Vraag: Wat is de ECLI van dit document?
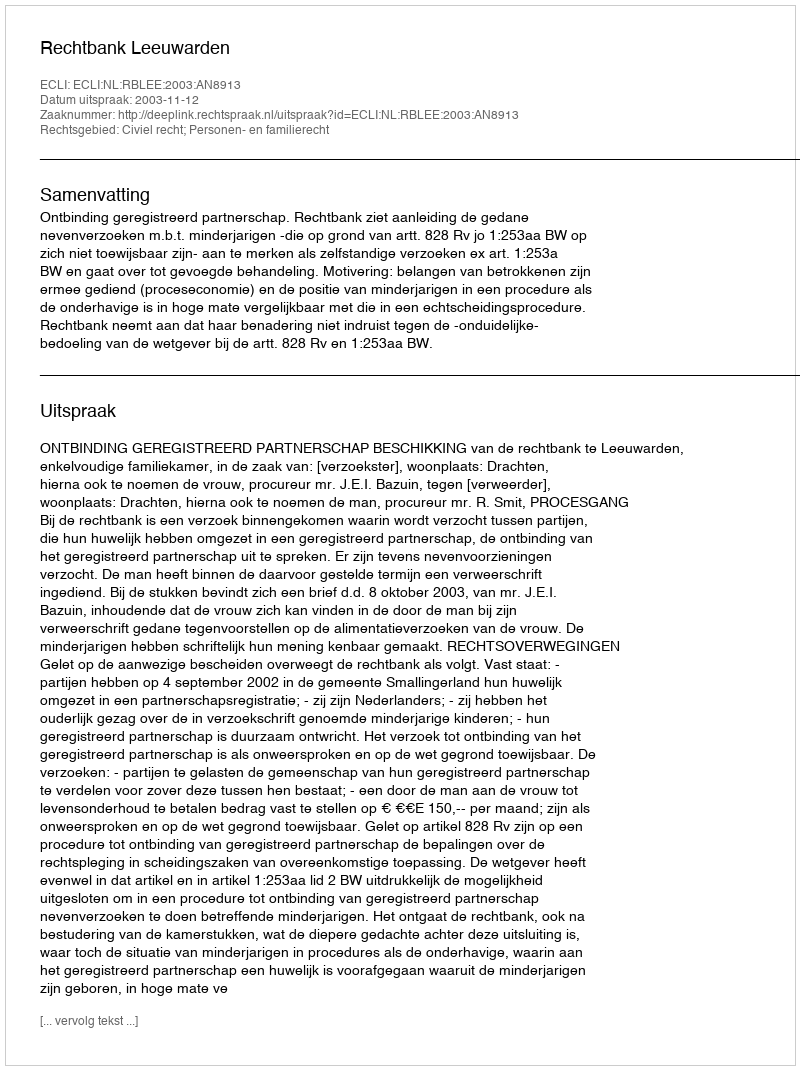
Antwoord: ECLI:NL:RBLEE:2003:AN8913